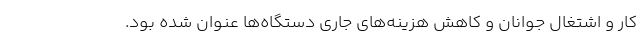
کار و اشتغال جوانان و کاهش هزینه‌های جاری دستگاه‌ها عنوان شده بود.